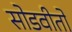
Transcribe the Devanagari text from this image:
सोडवीतो